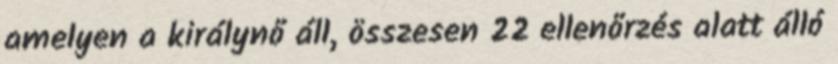
amelyen a királynő áll, összesen 22 ellenőrzés alatt álló